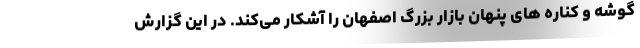
گوشه و کناره های پنهان بازار بزرگ اصفهان را آشکار می‌کند. در این گزارش